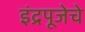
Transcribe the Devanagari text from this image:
इंद्रपूजेचे